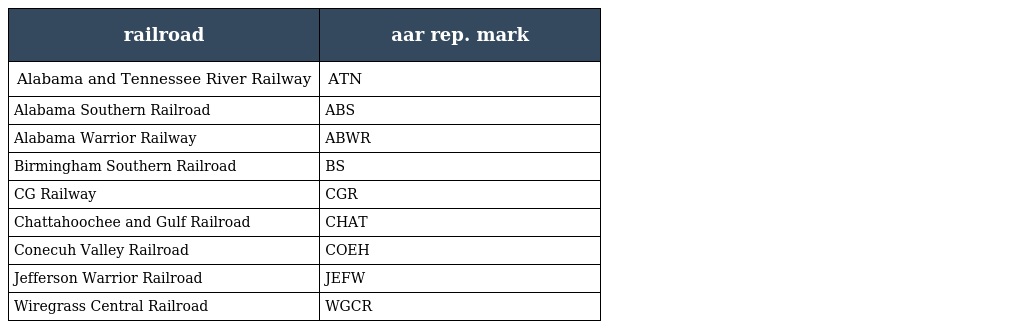
| railroad | aar rep. mark |
 | --- | --- |
 | Alabama and Tennessee River Railway | ATN |
 | Alabama Southern Railroad | ABS |
 | Alabama Warrior Railway | ABWR |
 | Birmingham Southern Railroad | BS |
 | CG Railway | CGR |
 | Chattahoochee and Gulf Railroad | CHAT |
 | Conecuh Valley Railroad | COEH |
 | Jefferson Warrior Railroad | JEFW |
 | Wiregrass Central Railroad | WGCR |